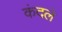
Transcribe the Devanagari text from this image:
कंदले